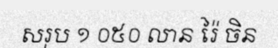
សរុប ១ ០៥០ លាន រ៉ៃ ចិន